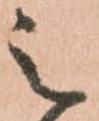
之